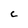
Character: c